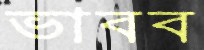
ভাবব